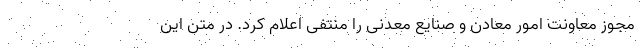
مجوز معاونت امور معادن و صنایع معدنی را منتفی اعلام کرد. در متن این